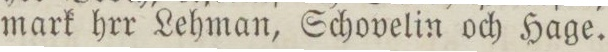
mark hrr Lehman, Schovelin och Hage.